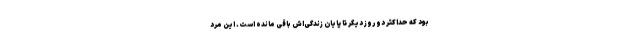
بود که حداکثر دو روز دیگر تا پایان زندگی‌اش باقی مانده است. این مرد